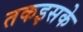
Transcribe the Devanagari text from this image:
तकइसके